Report of the Indian Hemp Drugs Commission, 1894-1895 - Volume I
Year: 1894
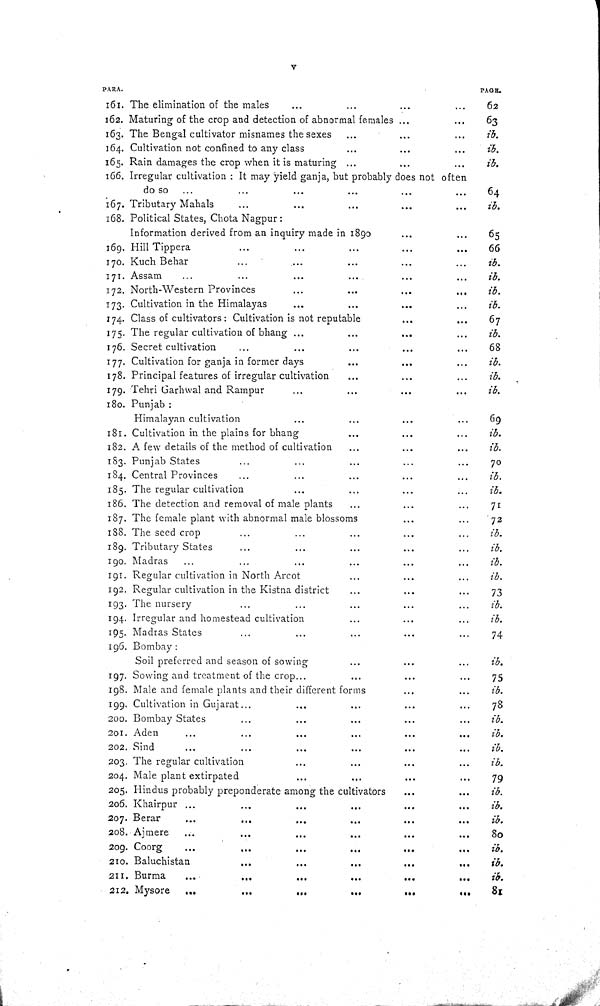
v
PARA.
PAGE.
161. The elimination of the males
62
162. Maturing of the crop and detection of abnormal females
63
163. The Bengal cultivator misnames the sexes
ib.
164. Cultivation not confined to any class
ib.
165. Rain damages the crop when it is maturing
ib.
166. Irregular cultivation: It may yield ganja, but probably does not often
do so
64
167. Tributary Mahals
ib.
168. Political States, Chota Nagpur:
Information derived from an inquiry made in 1890
65
169. Hill Tippera
66
170. Kuch Behar
ib.
171. Assam
ib.
172. North-Western Provinces
ib.
173. Cultivation in the Himalayas
ib.
174. Class of cultivators: Cultivation is not reputable
67
175. The regular cultivation of bhang
ib.
176. Secret cultivation
68
177. Cultivation for ganja in former days
ib.
178. Principal features of irregular cultivation
ib.
179. Tehri Garhwal and Rampur
ib.
180. Punjab:
Himalayan cultivation
69
181. Cultivation in the plains for bhang
ib.
182. A few details of the method of cultivation
ib.
183. Punjab States
70
184. Central Provinces
ib.
185. The regular cultivation
ib.
186. The detection and removal of male plants
71
187. The female plant with abnormal male blossoms
72
188. The seed crop
ib.
189. Tributary States
ib.
190. Madras
ib.
191. Regular cultivation in North Arcot
ib.
192. Regular cultivation in the Kistna district
73
193. The nursery
ib.
194. Irregular and homestead cultivation
ib.
195. Madras States
74
196. Bombay:
Soil preferred and season of sowing
ib.
197. Sowing and treatment of the crop
75
198. Male and female plants and their different forms
ib.
199. Cultivation in Gujarat
78
200. Bombay States
ib.
201. Aden
ib.
202. Sind
ib.
203. The regular cultivation
ib.
204. Male plant extirpated
79
205. Hindus probably preponderate among the cultivators
ib.
206. Khairpur
ib.
207. Berar
ib.
208. Ajmere
80
209. Coorg
ib.
210. Baluchistan
ib.
211. Burma
ib.
212. Mysore
81